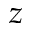
z